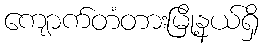
ကျောက်တံတားမြို့နယ်ရှိ